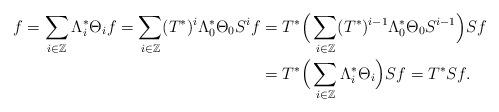
LaTeX: \begin{align*}f=\sum_{i\in\mathbb{Z}}\Lambda_i^*\Theta_i f=\sum_{i\in\mathbb{Z}}(T^*)^i\Lambda_0^*\Theta_0S^i f&=T^*\Big(\sum_{i\in\mathbb{Z}}(T^*)^{i-1}\Lambda_0^*\Theta_0S^{i-1}\Big)Sf\\&=T^*\Big(\sum_{i\in\mathbb{Z}}\Lambda_i^*\Theta_i\Big)Sf=T^*Sf.\end{align*}